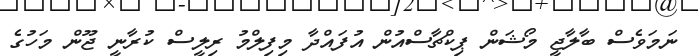
ނަމަވެސް ބާލާޖީ މޯޝަން ޕިކްޗާސްއުން އުފައްދާ މިފިލްމު ރިލީސް ކުރާނީ ޖޫން މަހުގެ